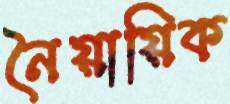
নৈয়ায়িক